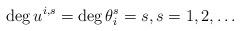
LaTeX: \begin{align*}\deg u^{i,s} = \deg \theta^s_i = s, s=1,2,\dots\end{align*}